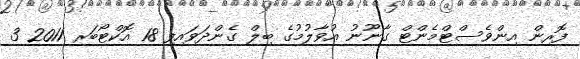
ފޮރިން އިންވެސްޓްމެންޓް ގާނޫނު އުވާލުމުގެ ބިލް ގެންދަވައިފި 18 އޮކްޓޯބަރ 2011 3